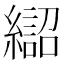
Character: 𱺈